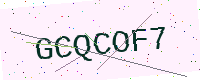
Text: GCQCOF7